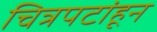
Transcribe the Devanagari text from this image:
चित्रपटांहून